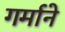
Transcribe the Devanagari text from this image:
गर्माने